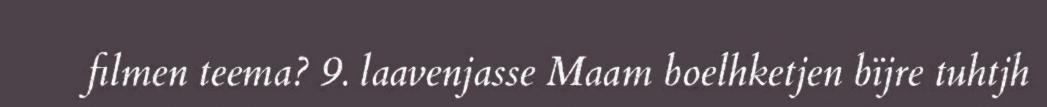
filmen teema? 9. laavenjasse Maam boelhketjen bïjre tuhtjh